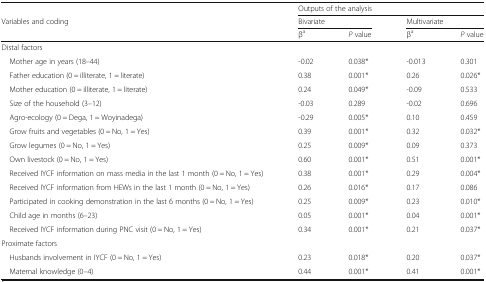
<table><thead><tr><td></td><td colspan="4"><b>Outputs of the analysis</b></td></tr><tr><td><b>Variables and coding</b></td><td colspan="2"><b>Bivariate</b></td><td colspan="2"><b>Multivariate</b></td></tr><tr><td></td><td><b>β<sup>a</sup></b></td><td><b><i>P</i> value</b></td><td><b>β<sup>a</sup></b></td><td><b><i>P</i> value</b></td></tr></thead><tbody><tr><td colspan="5">Distal factors</td></tr><tr><td> Mother age in years (18–44)</td><td>-0.02</td><td>0.038*</td><td>-0.013</td><td>0.301</td></tr><tr><td> Father education (0 = illiterate, 1 = literate)</td><td>0.38</td><td>0.001*</td><td>0.26</td><td>0.026*</td></tr><tr><td> Mother education (0 = illiterate, 1 = literate)</td><td>0.24</td><td>0.049*</td><td>-0.09</td><td>0.533</td></tr><tr><td> Size of the household (3–12)</td><td>-0.03</td><td>0.289</td><td>-0.02</td><td>0.696</td></tr><tr><td> Agro-ecology (0 = Dega, 1 = Woyinadega)</td><td>-0.29</td><td>0.005*</td><td>0.10</td><td>0.459</td></tr><tr><td> Grow fruits and vegetables (0 = No, 1 = Yes)</td><td>0.39</td><td>0.001*</td><td>0.32</td><td>0.032*</td></tr><tr><td> Grow legumes (0 = No, 1 = Yes)</td><td>0.25</td><td>0.009*</td><td>0.09</td><td>0.373</td></tr><tr><td> Own livestock (0 = No, 1 = Yes)</td><td>0.60</td><td>0.001*</td><td>0.51</td><td>0.001*</td></tr><tr><td> Received IYCF information on mass media in the last 1 month (0 = No, 1 = Yes)</td><td>0.38</td><td>0.001*</td><td>0.29</td><td>0.004*</td></tr><tr><td> Received IYCF information from HEWs in the last 1 month (0 = No, 1 = Yes)</td><td>0.26</td><td>0.016*</td><td>0.17</td><td>0.086</td></tr><tr><td> Participated in cooking demonstration in the last 6 months (0 = No, 1 = Yes)</td><td>0.25</td><td>0.009*</td><td>0.23</td><td>0.010*</td></tr><tr><td> Child age in months (6–23)</td><td>0.05</td><td>0.001*</td><td>0.04</td><td>0.001*</td></tr><tr><td> Received IYCF information during PNC visit (0 = No, 1 = Yes)</td><td>0.34</td><td>0.001*</td><td>0.21</td><td>0.037*</td></tr><tr><td colspan="5">Proximate factors</td></tr><tr><td> Husbands involvement in IYCF (0 = No, 1 = Yes)</td><td>0.23</td><td>0.018*</td><td>0.20</td><td>0.037*</td></tr><tr><td> Maternal knowledge (0–4)</td><td>0.44</td><td>0.001*</td><td>0.41</td><td>0.001*</td></tr></tbody></table>